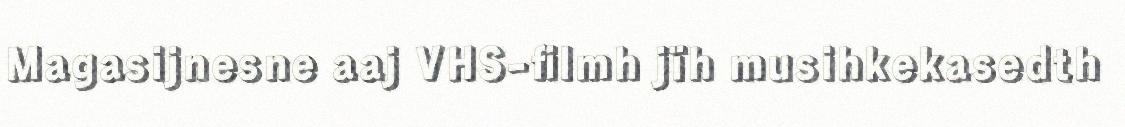
Magasijnesne aaj VHS-filmh jïh musihkekasedth